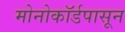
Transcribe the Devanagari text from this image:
मोनोकॉर्डपासून